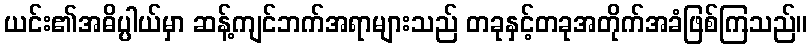
ယင်း၏အဓိပ္ပါယ်မှာ ဆန့်ကျင်ဘက်အရာများသည် တခုနှင့်တခုအတိုက်အခံဖြစ်ကြသည်။